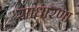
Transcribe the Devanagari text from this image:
साधारणा